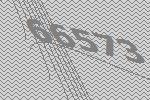
66573